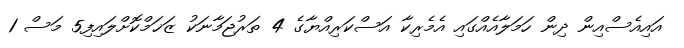
އައިއެސްއިން ދިން ހަމަލާއެއްގައި އެމެރިކާ އަސްކަރިއްޔާގެ 4 ތަރުޖަމާނަކު ޒަޚަމްކޮށްލައިފި5 މަސް 1